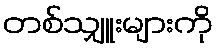
တစ်သျှူးများကို